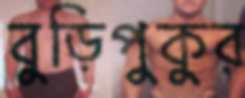
বুড়িপুকুর